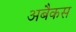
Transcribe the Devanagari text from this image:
अबैकस